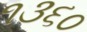
૧૩૬૦